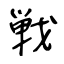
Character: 戦